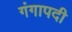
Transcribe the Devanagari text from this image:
गंगापदी